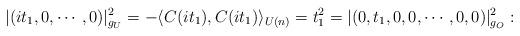
LaTeX: \begin{align*} |(it_1,0,\cdots,0)|^2_{g_U} = -\langle C(it_1),C(it_1)\rangle_{U(n)} = t_1^2 = |(0,t_1,0,0,\cdots,0,0)|^2_{g_O}:\end{align*}